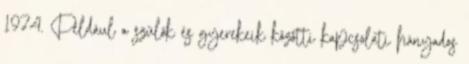
1974. Például a szülők és gyerekeik közötti kapcsolati hányados